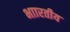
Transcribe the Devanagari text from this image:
भाारतीय